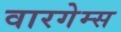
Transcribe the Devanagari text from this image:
वारगेम्स